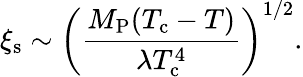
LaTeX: \xi_{\mathrm{s}}\sim\left(\frac{M_{\mathrm{P}}(T_{\mathrm{c}}-T)}{\lambda T_{\mathrm{c}}^{4}}\right)^{1/2}.